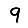
Digit: 9